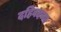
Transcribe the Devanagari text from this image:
दहिवदच्या